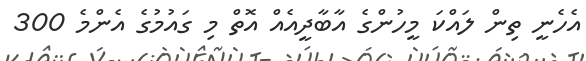
އެހެނީ ތިން ލައްކަ މީހުންގެ އާބާދީއެއް އޮތް މި ގައުމުގެ އެންމެ 300